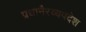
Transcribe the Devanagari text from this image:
प्रधानैरव्यपदेश